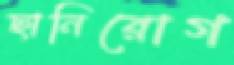
ছানিরোগ